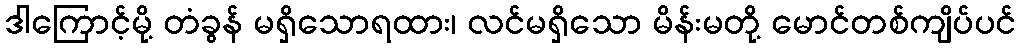
ဒါကြောင့်မို့ တံခွန် မရှိသောရထား၊ လင်မရှိသော မိန်းမတို့ မောင်တစ်ကျိပ်ပင်